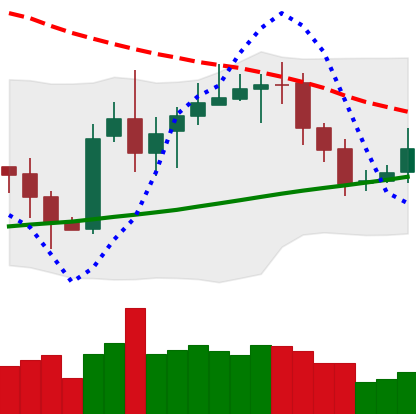
Ticker: XRP-USD
Chart end date: 2020-10-19
Forward return: 4.255%
Label: up_3_5